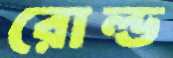
রোল্ড